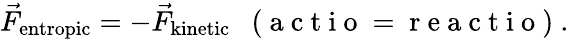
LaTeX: \vec{F}_{\mathrm{entropic}}=-\vec{F}_{\mathrm{kinetic}}\enspace\mathrm{~(~a~c~t~i~o~=~r~e~a~c~t~i~o~)~}.